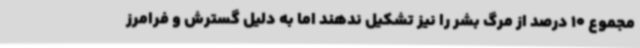
مجموع 10 درصد از مرگ بشر را نیز تشکیل ندهند اما به دلیل گسترش و فرامرز